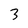
Character: 3